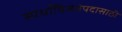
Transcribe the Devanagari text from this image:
स्पर्धाविजेतेपदासाठी